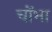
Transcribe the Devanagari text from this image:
चोंभा